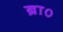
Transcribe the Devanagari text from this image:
ब्रा०